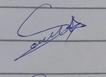
Signature authenticity: genuine